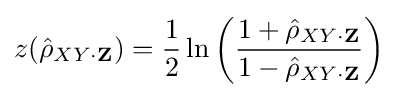
z({\hat {\rho }}_{XY\cdot \mathbf {Z} })={\frac {1}{2}}\ln \left({\frac {1+{\hat {\rho }}_{XY\cdot \mathbf {Z} }}{1-{\hat {\rho }}_{XY\cdot \mathbf {Z} }}}\right)